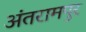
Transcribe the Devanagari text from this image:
अंतरामपुर